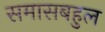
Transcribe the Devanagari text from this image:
समासबहुल